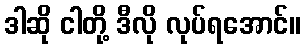
ဒါဆို ငါတို့ ဒီလို လုပ်ရအောင်။